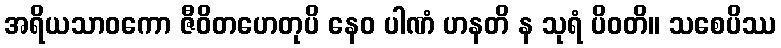
အရိယသာဝကော ဇီဝိတဟေတုပိ နေဝ ပါဏံ ဟနတိ န သုရံ ပိဝတိ။ သစေပိဿ